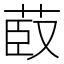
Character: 菣